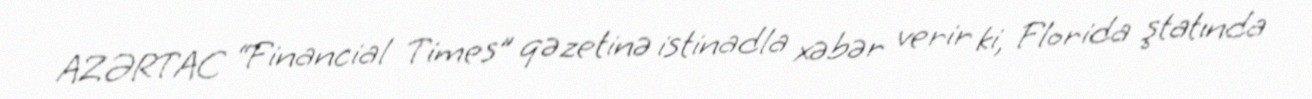
AZƏRTAC “Financial Times” qəzetinə istinadla xəbər verir ki, Florida ştatında